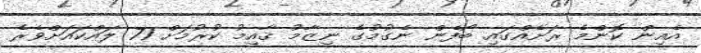
އެއިން ކޮންމެ ރަށެއްގައި ބޯފެން ނެގުމުގެ ނިޒާމު ޤާއިމު ކުރުމަށް 71 ލައްކައަށްވެރެ